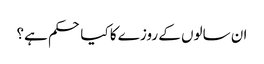
ان سالوں کے روزے کا کیا حکم ہے؟